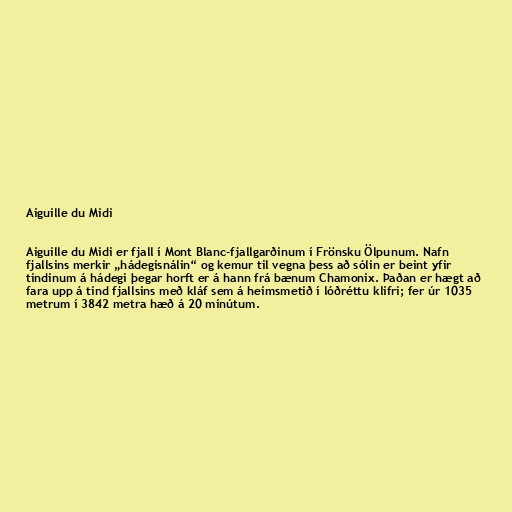
Aiguille du Midi

Aiguille du Midi er fjall í Mont Blanc-fjallgarðinum í Frönsku Ölpunum. Nafn
fjallsins merkir „hádegisnálin“ og kemur til vegna þess að sólin er beint yfir
tindinum á hádegi þegar horft er á hann frá bænum Chamonix. Þaðan er hægt að
fara upp á tind fjallsins með kláf sem á heimsmetið í lóðréttu klifri; fer úr 1035
metrum í 3842 metra hæð á 20 mínútum.